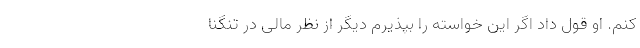
کنم. او قول داد اگر این خواسته را بپذیرم دیگر از نظر مالی در تنگنا